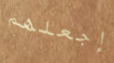
إجعلهم